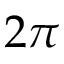
2 \pi